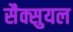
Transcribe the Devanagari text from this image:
सैक्सुयल